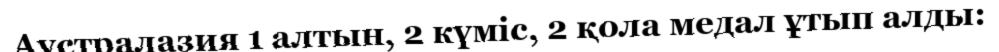
Аустралазия 1 алтын, 2 күміс, 2 қола медал ұтып алды: